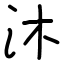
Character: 沐